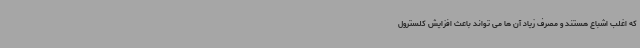
که اغلب اشباع هستند و مصرف زیاد آن ها می تواند باعث افزایش کلسترول